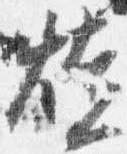
焼